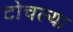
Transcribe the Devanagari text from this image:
टोचल्या